Lunatic asylums Bombay report 1891-1903 - 1891-1903
Year: 1891
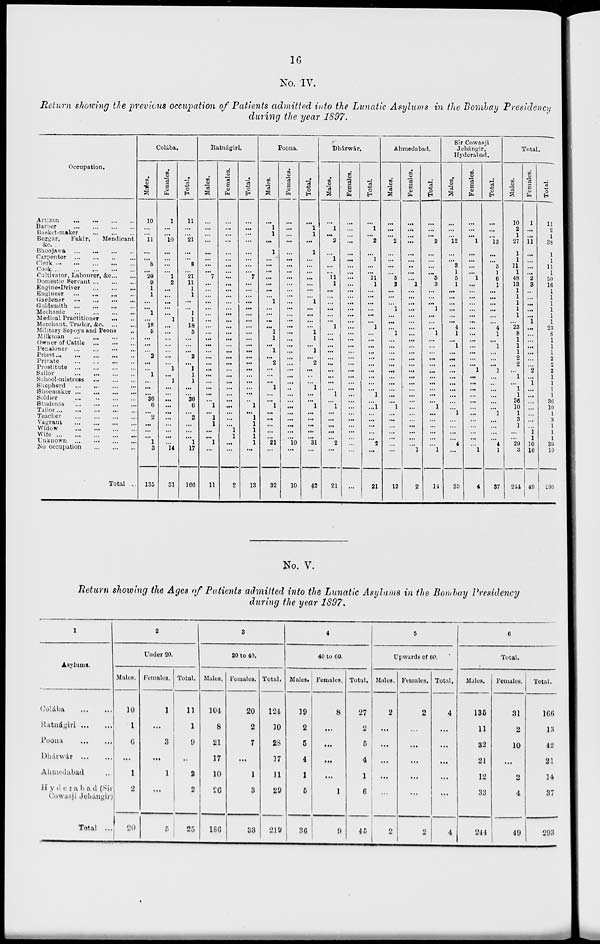
16
No. IV.
Return showing the previous occupation of Patients admitted into the Lunatic Asylums in the Bombay Presidency
during the year 1897.
Occupation.
Artizan
...
...
...
...
Barber
...
...
...
...
Basket-maker
...
...
...
Beggar,
Fakir,
Mendicant.
&c.
Bhoojawa
...
...
...
...
Carpenter ... ... ... ...
Clerk
...
...
...
...
...
Cook ... ... ... ... ...
Cultivator, Labourer, &c ... ...
Domestic
Servant ... ... ...
Engine-Driver
...
...
...
Engineer
...
...
...
...
Gardener
...
...
...
...
Goldsmith
...
...
...
...
Mechanic
...
...
...
...
Medical Practitioner
...
...
Merchant, Trader, &c
...
...
Military Sepoys and Peons ...
Milkman
...
...
...
...
Owner of Cattle ... ... ...
Pensioner ... ... ... ...
Priest
...
...
...
...
...
Private ... ... ... ... ...
Prostitute
...
...
...
...
Sailor
...
...
...
...
School-mistress
...
...
...
Shepherd
...
...
...
...
Shoemaker
...
...
...
...
Soldier
...
...
...
...
Students
...
...
...
Tailor ... ... ... ... ...
Teacher
...
...
...
...
Vagrant
...
...
...
...
Widow
...
...
...
...
Wife
...
...
...
...
...
Unknown
...
...
...
...
No occupation
...
...
...
Total ...
Colába.
Males.
10
...
...
11
...
...
8
...
20
9
1
1
...
...
1
...
18
5
...
...
...
2
...
...
1
...
...
...
36
6
...
2
...
...
...
1
3
135
Females.
1
...
...
10
...
...
...
...
1
2
...
...
...
...
...
1
...
...
...
...
...
...
...
1
...
1
...
...
...
...
...
...
...
...
...
...
14
31
Total.
11
...
...
21
...
...
8
...
21
11
1
1
...
...
1
1
18
5
...
...
...
2
...
1
1
1
...
...
36
6
...
2
...
...
...
1
17
166
Ratnágiri.
Males.
...
...
...
...
...
...
...
...
7
...
...
...
...
...
...
...
...
...
...
...
...
...
...
...
...
...
...
...
...
1
...
1
1
...
...
1
...
11
Females.
...
...
...
...
...
...
...
...
...
...
...
...
...
...
...
...
...
...
...
...
...
...
...
...
...
...
...
...
...
...
...
...
...
1
1
...
...
2
Total.
...
...
...
...
...
...
...
...
7
...
...
...
...
...
...
...
...
...
...
...
...
...
...
...
...
...
...
...
..
1
...
1
1
1
1
1
...
13
Poona.
Males.
...
1
1
...
1
...
...
...
...
...
...
...
1
...
...
...
...
1
1
...
1
...
2
...
...
...
1
...
...
1
...
...
...
...
...
21
...
32
Females.
...
...
...
...
...
...
...
...
...
...
...
...
...
...
...
...
...
...
...
...
...
...
...
...
...
...
..
...
...
...
...
...
...
...
...
10
...
10
Total.
...
1
1
...
1
...
...
...
...
...
...
...
1
...
...
...
...
1
1
...
1
...
2
...
...
...
1
...
...
1
...
...
...
...
...
31
...
42
Dhárwár.
Males.
...
1
...
2
...
1
...
...
11
1
...
...
...
...
...
...
1
...
...
...
...
...
...
...
...
...
...
1
...
1
...
...
...
...
...
2
...
21
Females.
...
...
...
...
...
...
...
...
...
...
...
...
...
...
...
...
...
...
...
...
...
...
...
...
...
...
...
...
...
...
...
...
...
...
...
...
...
...
Total.
...
1
...
2
...
1
...
...
11
1
...
...
...
...
...
...
1
...
...
...
...
...
...
...
...
...
...
1
...
1
...
...
...
...
...
2
...
21
Ahmedabad.
Males.
...
...
...
2
...
...
...
...
5
2
...
...
...
1
...
...
...
1
...
...
...
...
...
...
...
...
...
...
...
1
...
...
...
...
...
...
...
12
Females.
...
...
...
...
...
...
...
...
...
1
...
...
...
...
...
...
...
...
...
...
...
...
...
...
...
...
...
...
...
...
...
...
...
...
...
...
1
2
Total.
...
...
...
2
...
...
...
...
5
3
...
...
...
1
...
...
...
1
...
...
...
...
...
...
...
...
...
...
...
1
...
...
...
...
...
...
1
14
Sir Cowapji
Jehángir,
Hyderabad.
Males.
...
...
...
12
...
...
3
1
5
1
...
...
...
...
...
...
4
1
...
1
...
...
...
...
...
...
...
...
...
...
1
...
...
...
...
4
...
33
Females.
...
...
...
1
...
...
...
...
1
...
...
...
...
...
...
...
...
...
...
...
...
...
...
1
...
...
...
...
...
...
...
...
...
...
...
...
1
4
Total.
...
...
...
13
...
...
3
1
6
1
...
...
...
...
...
...
4
1
...
1
...
...
...
1
...
...
...
...
...
...
1
...
...
...
...
4
1
37
Total.
Males.
10
2
1
27
1
1
11
1
48
13
1
1
1
1
1
...
23
8
1
1
1
2
2
...
1
...
1
1
36
10
1
3
1
...
...
29
3
244
Females.
1
...
...
11
...
...
...
...
2
3
...
...
...
...
...
1
...
...
...
...
...
...
...
2
...
1
...
...
...
...
...
...
...
1
1
10
16
49
Total.
11
2
1
38
1
1
11
1
50
16
1
1
1
1
1
1
23
8
1
1
1
2
2
2
1
1
1
1
36
10
1
3
1
1
1
39
19
293
No. V.
Return showing the Ages of Patients admitted into the Lunatic Asylums in the Bondmy Presidency
during the year 1897.
1
Asylums.
Colába
...
...
Ratnágiri
...
...
Poona
...
...
Dhárwár
...
...
Ahmedabad ...
Hyderabad
(Sir
Cowasji Johángir)
Total ...
2
Under 20.
Males.
10
1
6
...
1
2
20
Females.
1
...
3
...
1
...
5
Total.
11
1
9
..
2
2
25
3
20 to 40.
Males.
104
8
21
17
10
26
186
Females.
20
2
7
...
1
3
33
Total.
124
10
28
17
11
29
219
4
40 to 60.
Males.
19
2
5
4
1
5
36
Females.
8
...
...
...
...
1
9
Total.
27
2
5
4
1
6
45
5
Upwards of 60.
Males.
2
...
...
...
...
...
2
Females.
2
...
...
...
...
...
9
Total.
4
...
...
...
...
...
4
6
Total.
Males.
135
11
32
21
12
33
241
Females.
31
2
10
...
2
4
49
Total.
166
13
42
21
14
37
293